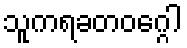
သူကရခတဝဂ္ဂေါ